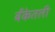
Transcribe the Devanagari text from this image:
बँकेतली